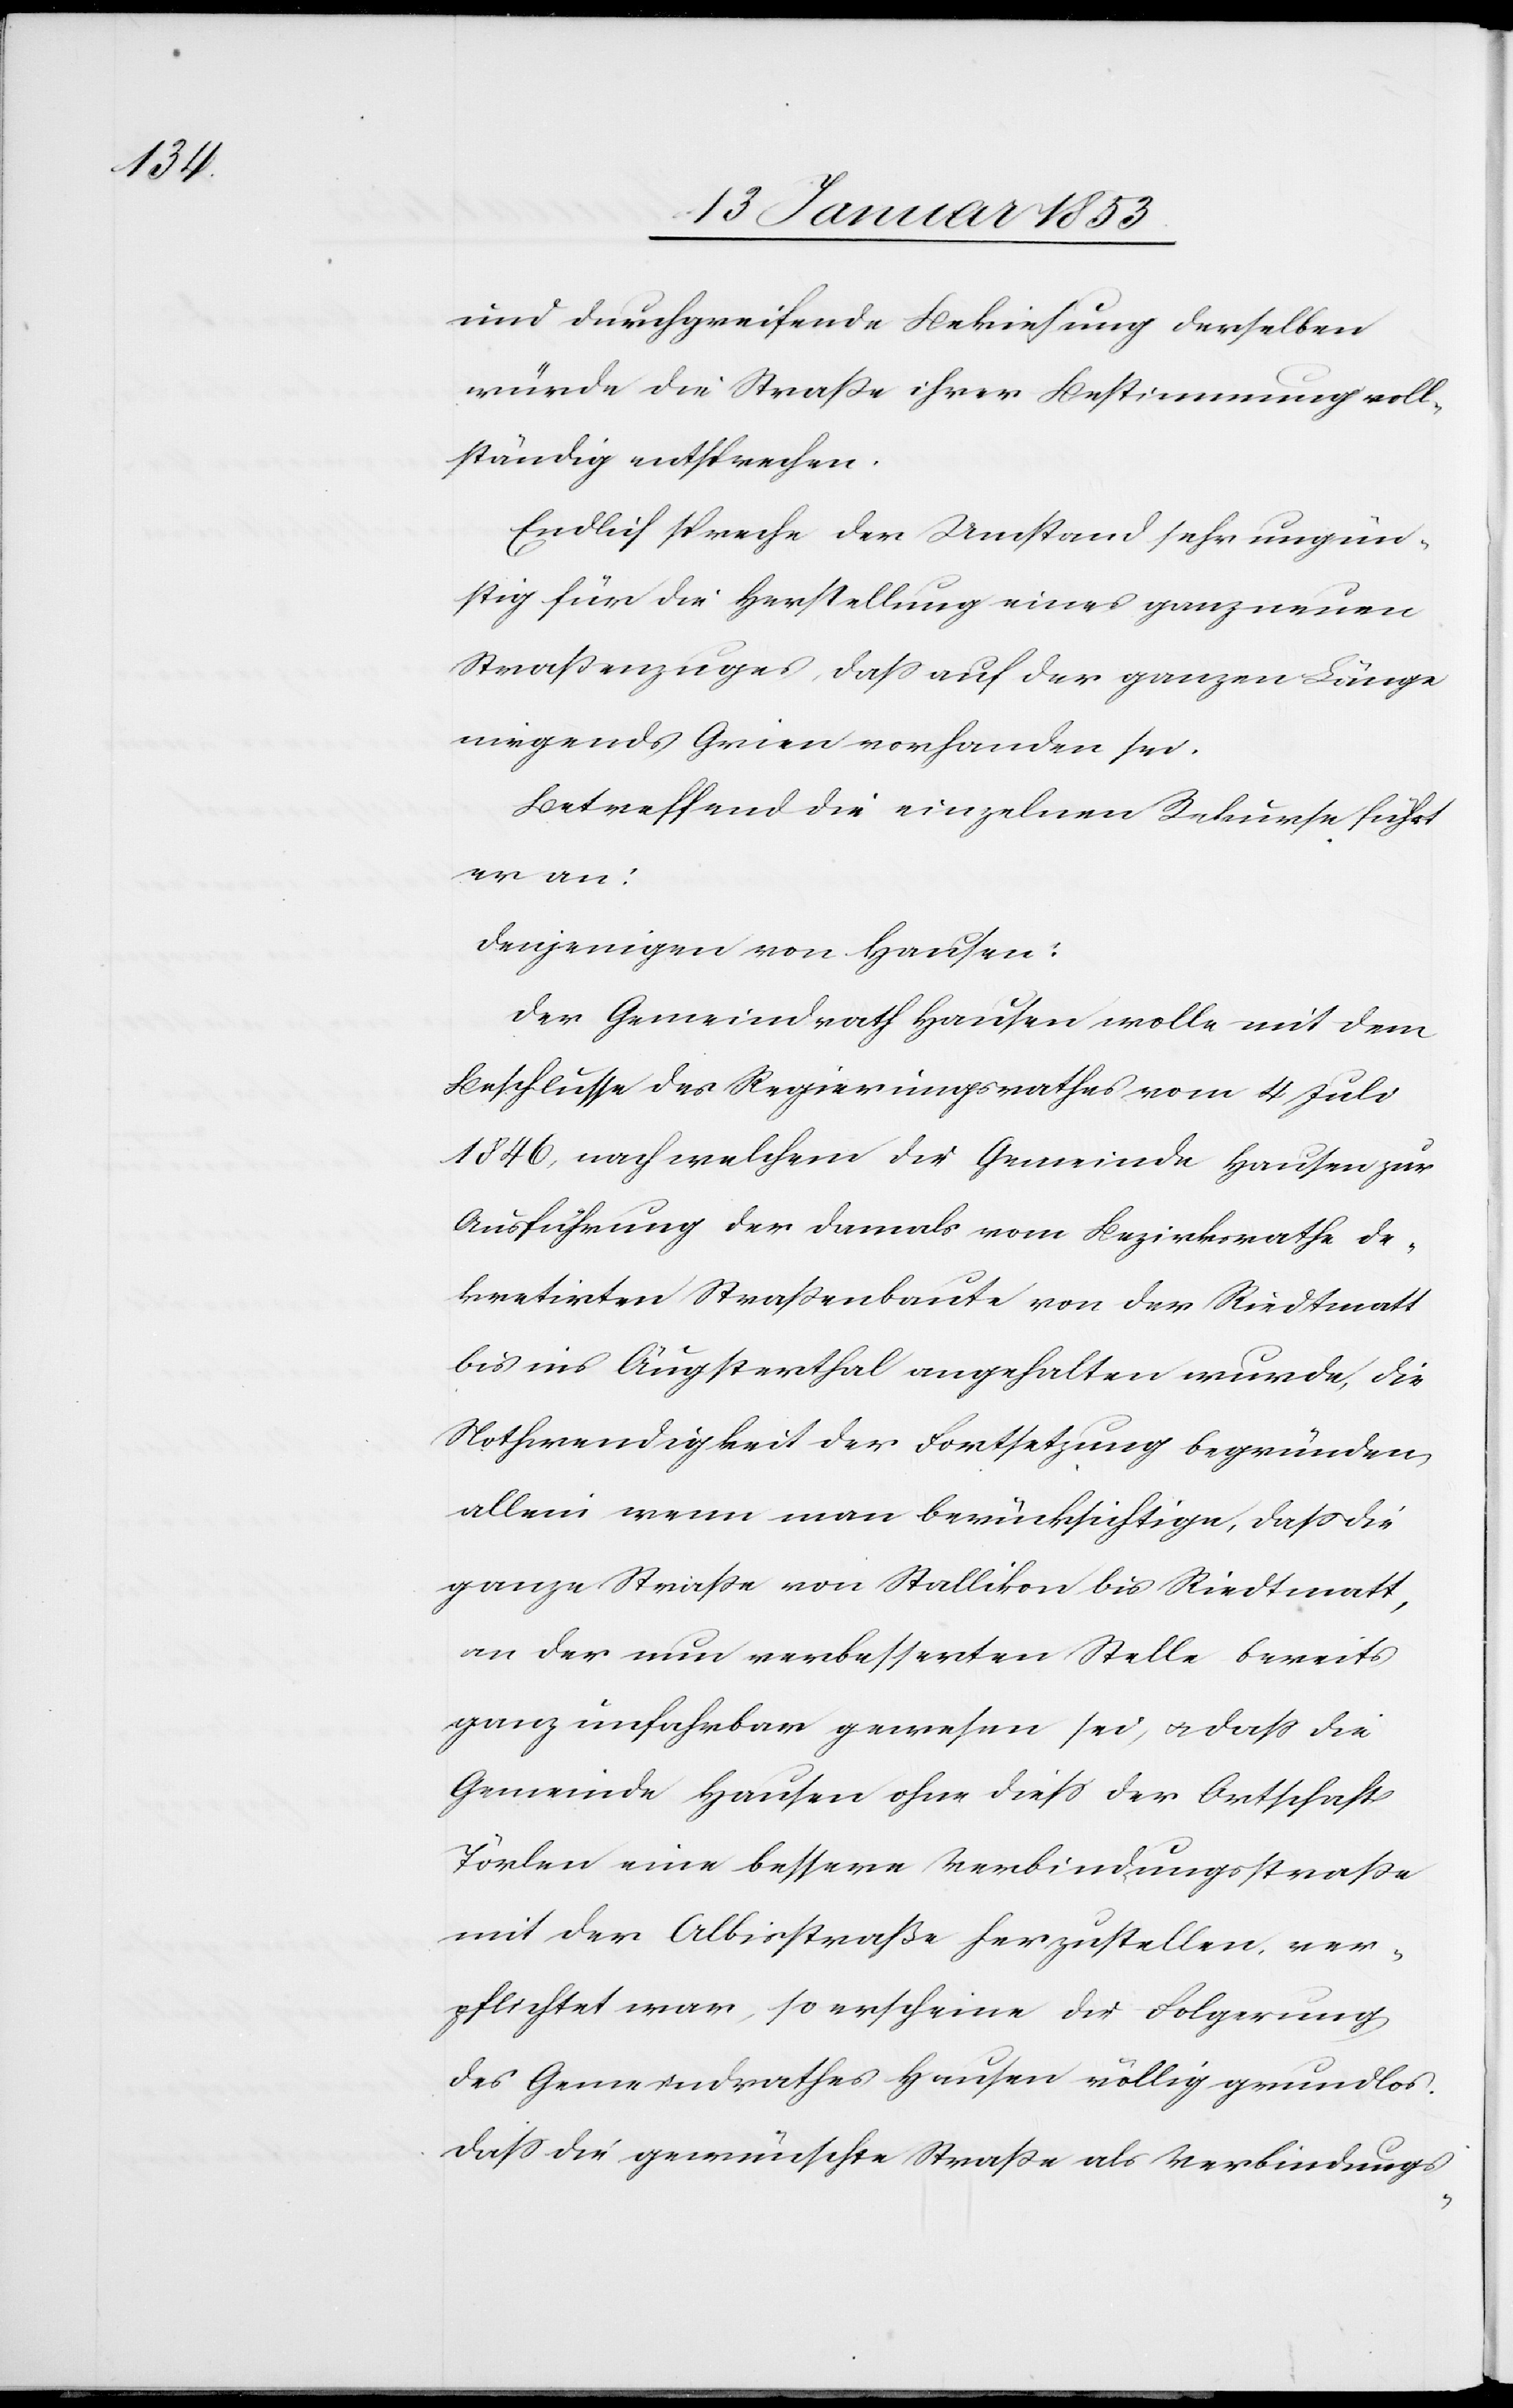
und durchgreifende Bekiesung derselben
würde die Strasse ihrer Bestimmung voll¬
ständig entsprechen.
Endlich spreche der Umstand sehr ungün¬
stig für die Herstellung eines ganz neuen
Straßenzuges, dass auf der ganzen Länge
nirgends Grien vorhanden sei.
Betreffend die einzelnen Rekurse führt
er an:
Denjenigen von Hausen:
Der Gemeindrath Hausen wolle mit dem
Beschlusse des Regierungsrathes vom 4 Juli
1846, nach welchem die Gemeinde Hausen zur
Ausführung der damals vom Bezirksrathe de¬
kretirten Strassenbaute von der Riedtmatt
bis ins Äugsterthal angehalten wurde, die
Nothwendigkeit der Fortsetzung allein wenn
ganze Strasse von Stallikon bis Riedtmatt,
an der nun verbesserten Stelle bereits
ganz unfahrbar gewesen sei, u. dass die
Gemeinde Hausen ohne diess der Ortschaft
Törlen eine bessere Verbindungsstrasse
mit der Albisstraße herzustellen, ver¬
pflichtet war, so erscheine die Folgerung
des Gemeindrathes Hausen völlig grundlos.
Dass die gewünschte Strasse als Verbindungs-